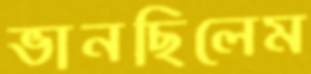
ভানছিলেম